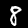
Digit: 8